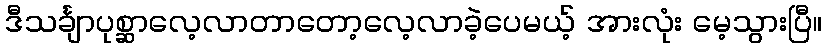
ဒီသင်္ချာပုစ္ဆာလေ့လာတာတော့လေ့လာခဲ့ပေမယ့် အားလုံး မေ့သွားပြီ။